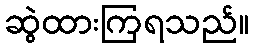
ဆွဲထားကြရသည်။